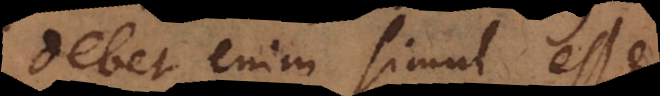
debet enim simul esse